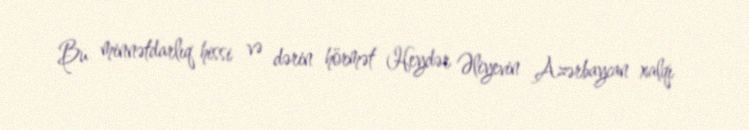
Bu minnətdarlıq hissi və dərin hörmət Heydər Əliyevin Azərbaycan xalqı